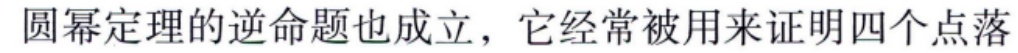
圆幂定理的逆命题也成立，它经常被用来证明四个点落